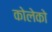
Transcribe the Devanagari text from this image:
कोलेको